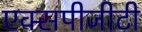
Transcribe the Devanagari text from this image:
एक्सपीजीटी